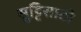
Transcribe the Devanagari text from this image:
सुट्टिसाठी